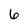
Character: 6